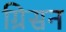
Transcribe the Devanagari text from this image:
ग्रिसन